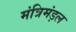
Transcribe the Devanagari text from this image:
मंत्रिमंड़ल